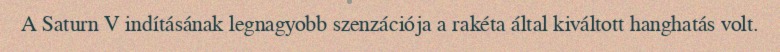
A Saturn V indításának legnagyobb szenzációja a rakéta által kiváltott hanghatás volt.